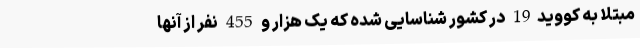
مبتلا به کووید19 در کشور شناسایی شده که یک هزار و 455 نفر از آنها